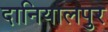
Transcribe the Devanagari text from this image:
दानियालपुर